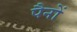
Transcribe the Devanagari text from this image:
पैनों